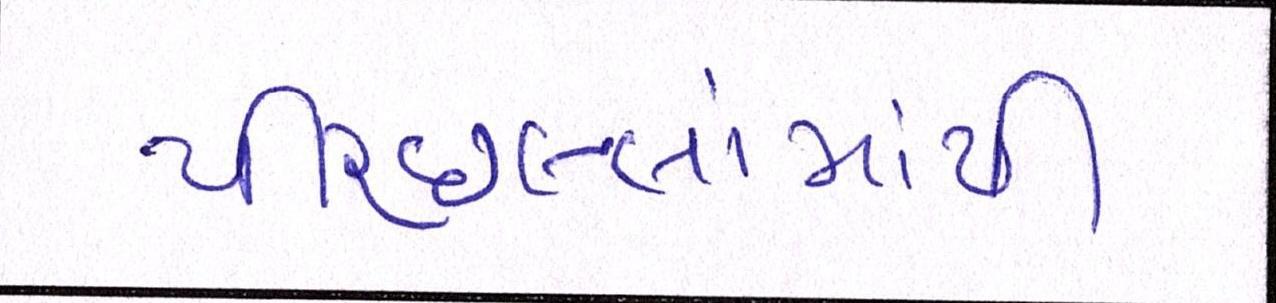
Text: પીરછલ્લામાંથી